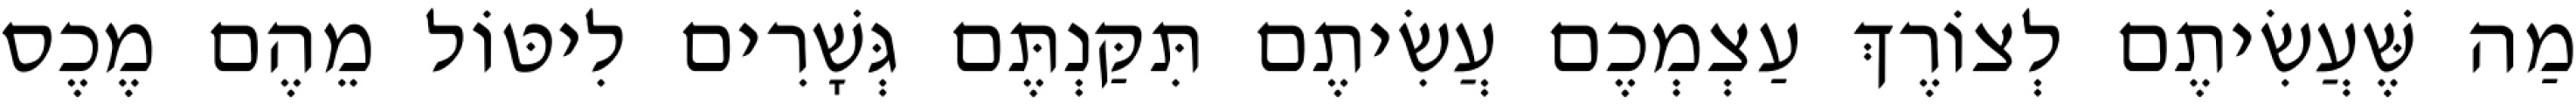
מַה שֶּׁעֲשִׂיתֶם לְצוֹרֶךְ עַצְמְכֶם עֲשִׂיתֶם תִּקַּנְתֶּם גְּשָׁרִים לִיטּוֹל מֵהֶם מֶכֶס